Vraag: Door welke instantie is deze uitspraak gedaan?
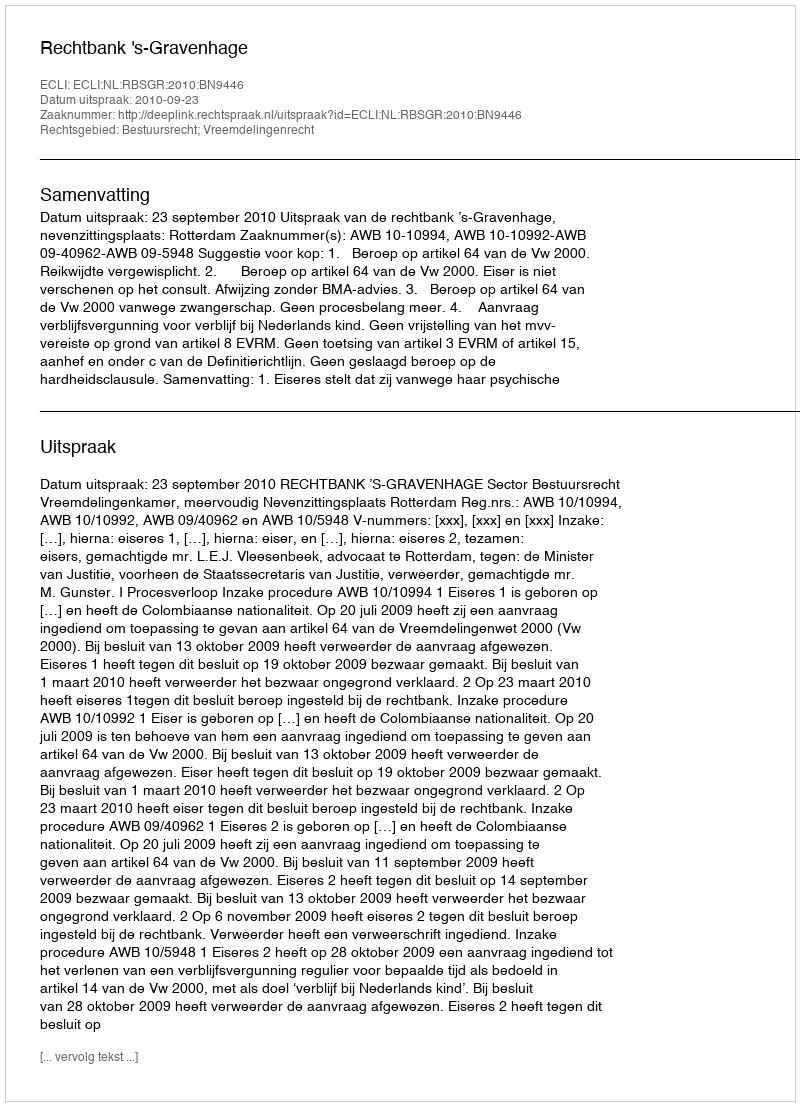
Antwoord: Rechtbank 's-Gravenhage